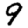
Digit: 9